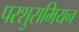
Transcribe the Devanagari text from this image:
परशुरामियन